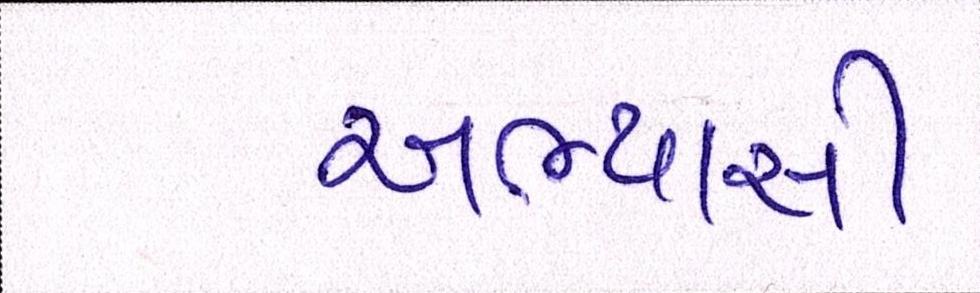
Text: અભ્યાસી